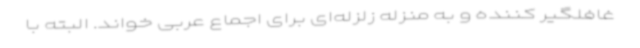
غافلگیر کننده و به منزله زلزله‌ای برای اجماع عربی خواند. البته با